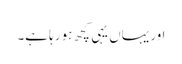
اور یہاں یہی کچھ ہو رہا ہے۔